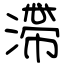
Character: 滯